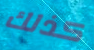
كذلك